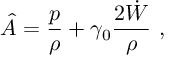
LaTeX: \hat { A } = { \frac { p } { \rho } } + \gamma _ { 0 } { \frac { 2 \dot { W } } { \rho } } \ ,